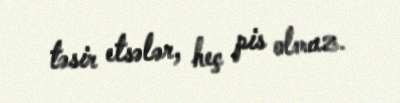
təsir etsələr, heç pis olmaz.